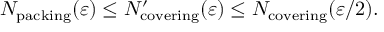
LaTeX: N _ { \mathrm { p a c k i n g } } ( \varepsilon ) \leq N _ { \mathrm { c o v e r i n g } } ^ { \prime } ( \varepsilon ) \leq N _ { \mathrm { c o v e r i n g } } ( \varepsilon / 2 ) .